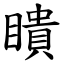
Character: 瞶